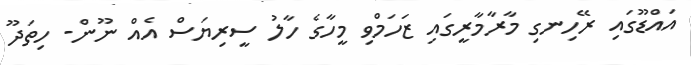
އައްޑޫގައި ރޭހިނގި މާރާމާރީގައި ޒަހަމްވި މީހާގެ ހާލު ސީރިޔަސް އެއް ނޫން- ހިތަދޫ